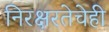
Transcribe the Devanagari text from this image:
निरक्षरतेचेही